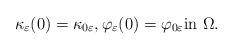
LaTeX: \begin{align*} \kappa_{\varepsilon}(0) = \kappa_{0\varepsilon}, \varphi_{\varepsilon}(0) = \varphi_{0\varepsilon} \textrm{in $\Omega$}.\end{align*}